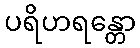
ပရိဟရန္တော